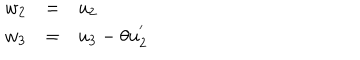
\begin{array} { l c l } { { w _ { 2 } } } & { { = } } & { { u _ { 2 } } } \\ { { w _ { 3 } } } & { { = } } & { { u _ { 3 } - \theta u _ { 2 } ^ { ' } } } \\ \end{array}